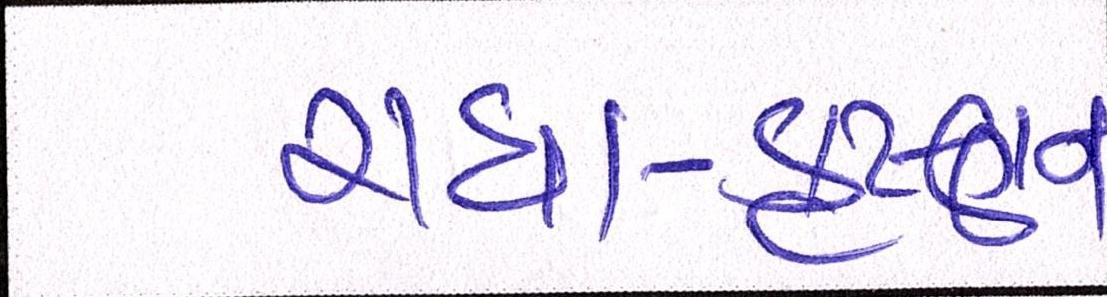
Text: રાધાકૃષ્ણન